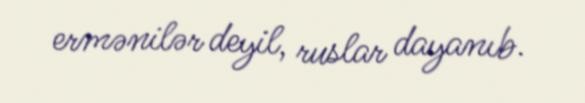
ermənilər deyil, ruslar dayanıb.